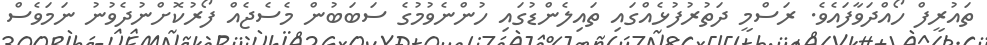
ތައުރީފް ހޯއްދަވާފައެވެ. ރަސްމީ ދަތުރުފުޅެއްގައި ތައިލެންޑުގައި ހުންނެވުމުގެ ސަބަބުން މެސެޖެއް ފޯރުކޮށްނުދެވުނު ނަމަވެސް